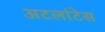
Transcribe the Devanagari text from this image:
अटलांटेस